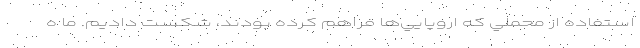
استفاده از محملي كه اروپايي‌ها فراهم كرده بودند، شكست داديم. ما ه